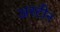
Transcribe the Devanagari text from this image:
अस्टीन